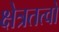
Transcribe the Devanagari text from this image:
क्षेत्रतत्वों